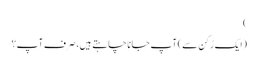
)
(ایک رُکن سے) آپ جانا چاہتے ہیں، صرف آپ؟